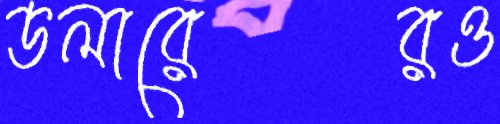
ডলারেরও